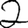
Digit: 2